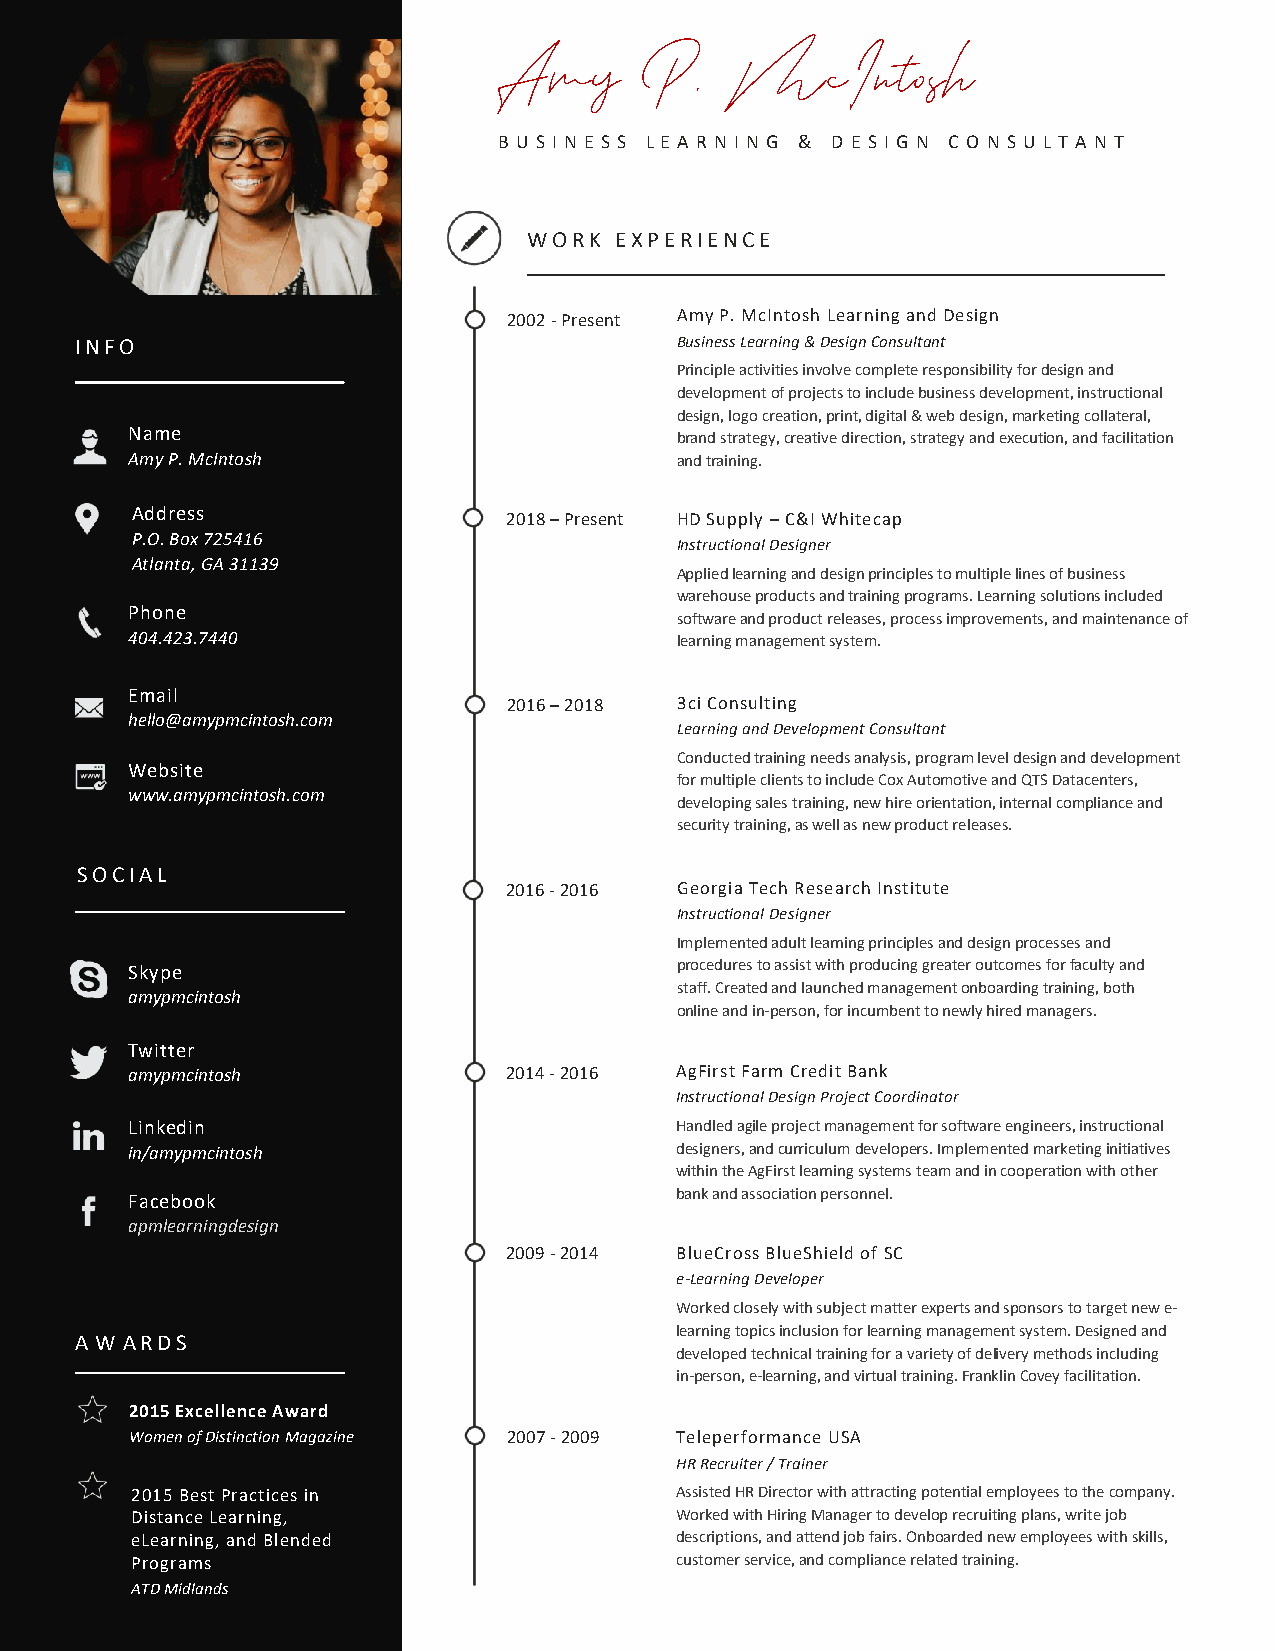
B U S I N E S S L E A R N I N G & D E S I G N C O N S U L T A N T
 A a
 WORK  EXPERIENCE
 2002 - Present Amy P. McIntosh Learning and Design
 INFO                                    Business Learning & Design Consultant
 Principle activities involve complete responsibility for design and
 development of projects to include business development, instructional
 design, logo creation, print, digital & web design, marketing collateral,
 Name                                 brand strategy, creative direction, strategy and execution, and facilitation
 Amy P. McIntosh                      and training.
 Address                  2018 – Present HD Supply – C&I Whitecap
 P.O. Box 725416
 Instructional Designer
 Atlanta, GA 31139
 Applied learning and design principles to multiple lines of business
 warehouse products and training programs. Learning solutions included
 Phone
 software and product releases, process improvements, and maintenance of
 404.423.7440                         learning management system.
 Email
 2016 – 2018 3ci Consulting
 hello@amypmcintosh.com
 Learning and Development Consultant
 Conducted training needs analysis, program level design and development
 Website
 for multiple clients to include Cox Automotive and QTS Datacenters,
 www.amypmcintosh.com
 developing sales training, new hire orientation, internal compliance and
 security training, as well as new product releases.
 SOCIAL
 2016 - 2016 Georgia Tech Research Institute
 Instructional Designer
 Implemented adult learning principles and design processes and
 Skype                                procedures to assist with producing greater outcomes for faculty and
 staff. Created and launched management onboarding training, both
 amypmcintosh
 online and in-person, for incumbent to newly hired managers.
 Twitter
 amypmcintosh             2014 - 2016 AgFirst Farm Credit Bank
 Instructional Design Project Coordinator
 Linkedin                             Handled agile project management for software engineers, instructional
 in/amypmcintosh                      designers, and curriculum developers. Implemented marketing initiatives
 within the AgFirst learning systems team and in cooperation with other
 Facebook                             bank and association personnel.
 apmlearningdesign
 2009 - 2014 BlueCross BlueShield of SC
 e-Learning Developer
 Worked closely with subject matter experts and sponsors to target new e-
 learning topics inclusion for learning management system. Designed and
 A W ARDS
 developed technical training for a variety of delivery methods including
 in-person, e-learning, and virtual training. Franklin Covey facilitation.
 2015 Excellence Award
 Women of Distinction Magazine 2007 - 2009 Teleperformance USA
 HR Recruiter / Trainer
 2015 Best Practices in              Assisted HR Director with attracting potential employees to the company.
 Distance Learning,                  Worked with Hiring Manager to develop recruiting plans, write job
 eLearning, and Blended              descriptions, and attend job fairs. Onboarded new employees with skills,
 Programs                            customer service, and compliance related training.
 ATD Midlands